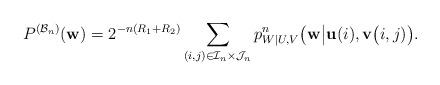
LaTeX: \begin{align*} P^{(\mathcal{B}_n)}(\mathbf{w})=2^{-n(R_1+R_2)}\sum_{(i,j)\in\mathcal{I}_n\times\mathcal{J}_n}p^n_{W|U,V}\big(\mathbf{w}\big|\mathbf{u}(i),\mathbf{v}\big(i,j)\big).\end{align*}